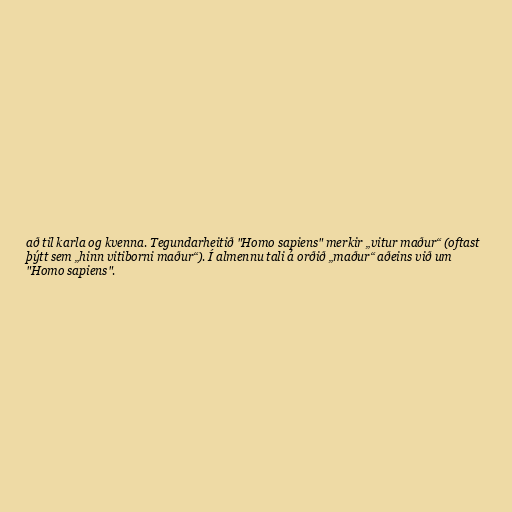
að til karla og kvenna. Tegundarheitið "Homo sapiens" merkir „vitur maður“ (oftast
þýtt sem „hinn vitiborni maður“). Í almennu tali á orðið „maður“ aðeins við um
"Homo sapiens".